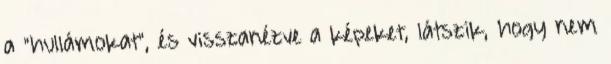
a "hullámokat", és visszanézve a képeket, látszik, hogy nem